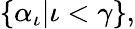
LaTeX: \{ \alpha_{\iota}|\iota<\gamma\} ,